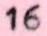
16